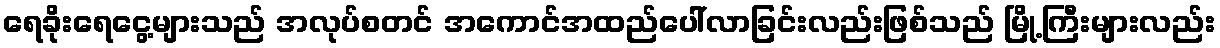
ရေခိုးရေငွေ့များသည် အလုပ်စတင် အကောင်အထည်ပေါ်လာခြင်းလည်းဖြစ်သည် မြို့ကြီးများလည်း